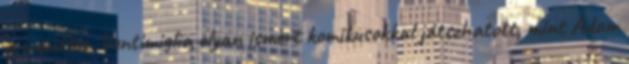
a mozikba. Ventimiglia olyan ismert komikusokkal játszhatott, mint Adam